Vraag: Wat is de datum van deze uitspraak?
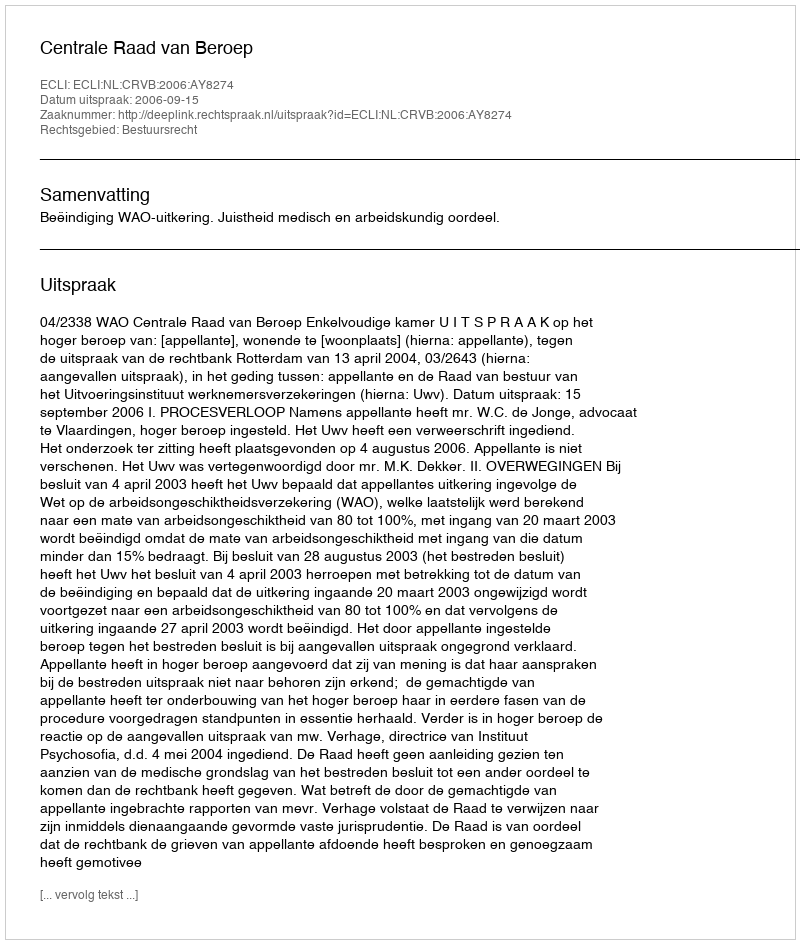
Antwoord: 2006-09-15